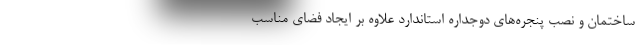
ساختمان و نصب پنجره‌های دوجداره استاندارد علاوه بر ایجاد فضای مناسب